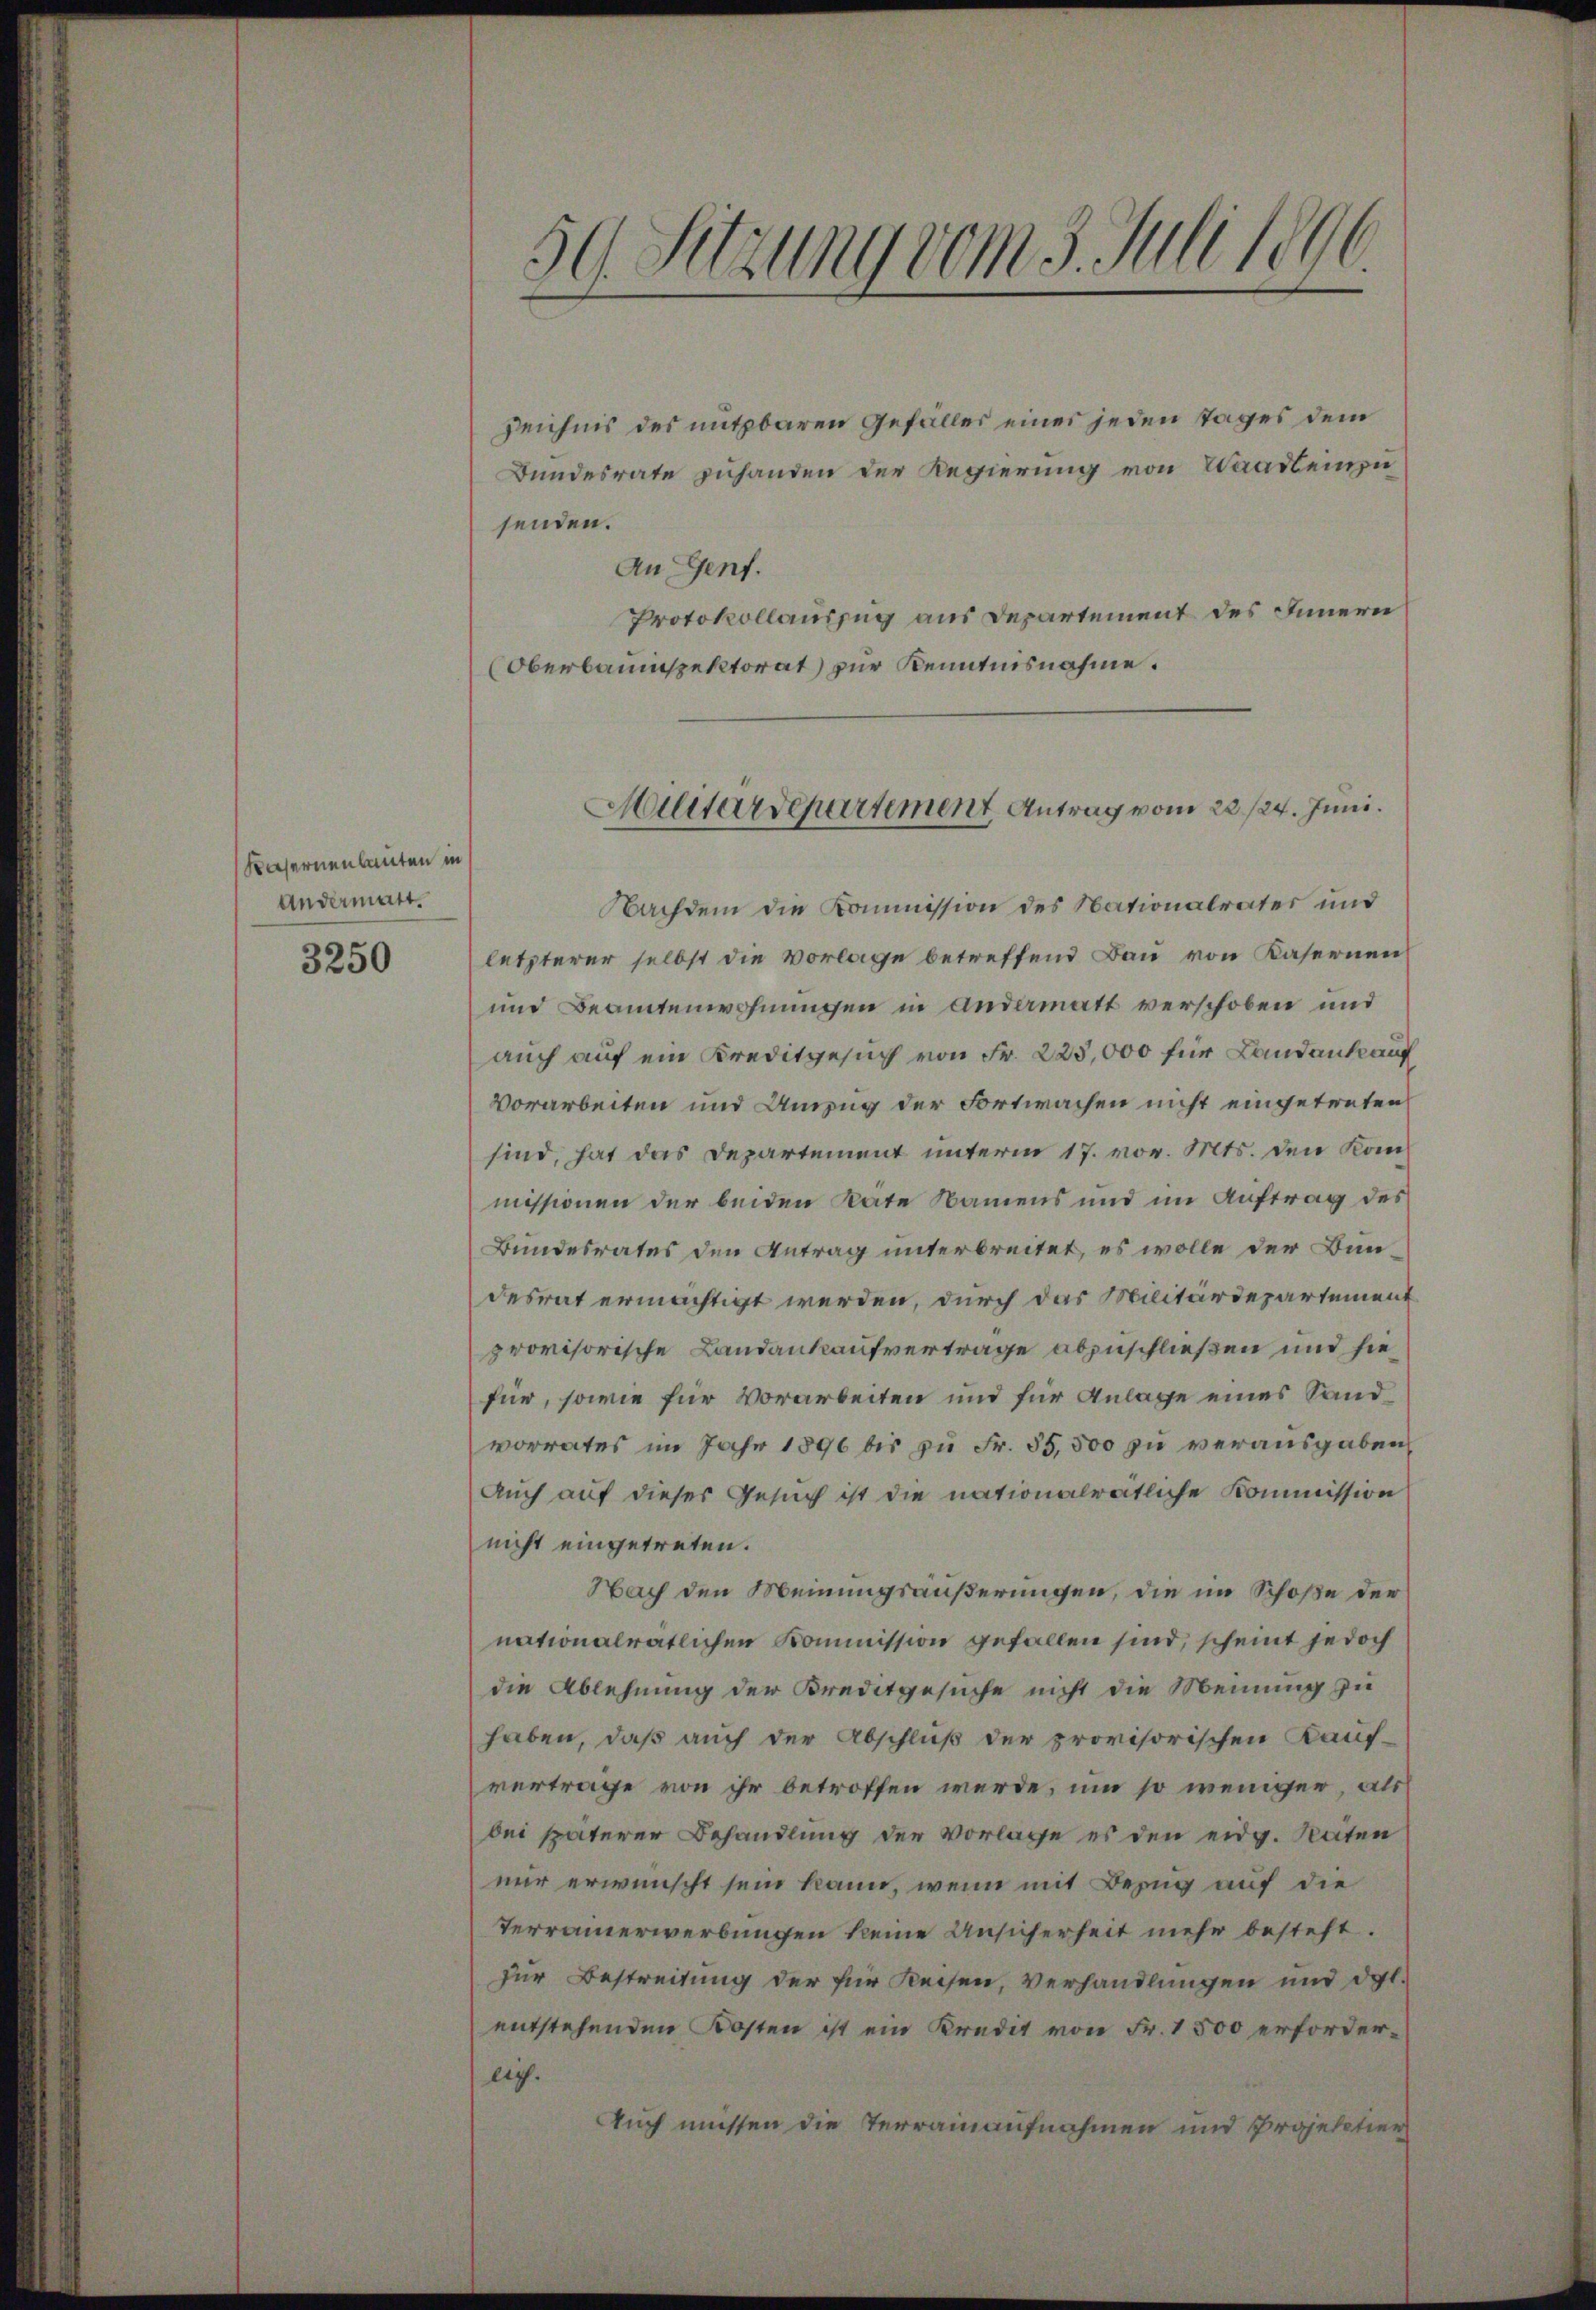
Kasernenbauten in
Andermatt.

3250

59. Sitzung vom 3. Juli 1896.

Zeichnis des nutzbaren Gefälles eines jeden Tages dem
Bundesrate zuhanden der Regierung von Waadt einzusenden.
An Genf.
Protokollauszug aus Departement des Innern
Oberbauinspektorat zur Kenntnisnahme.
Nachdem die Kommission des Nationalrates und
letzterer selbst die Vorlage betreffend Bau von Kasernen
und Beamtenwohnungen in Andermatt verschoben und
auch auf ein Kreditgesuch von Fr. 223,000 für Landankauf
vorarbeiten und Annug der Fortwachen nicht eingetreten
sind, hat das Departement unterm 17. vor. Mts. den Kommissionen der beiden Räte Namens und im Auftrag des
Bundesrates den Antrag unterbreitet, es wolle der Bun-
desrat ermächtigt werden, durch das Militärdepartement
provisorische Landankaufvertrage abzuschließen und hiefür, sowie für Vorarbeiten und für Anlage eines Sand
vorrates im Jahr 1896 bis zu Fr. 35,500 zu verausgaben,
Auch auf dieser Gesuch ist die nationalrätliche Kommission
nicht eingetreten.
Nach den Meinungsäußerungen, die im Schoße der
nationalrätlichen Kommission gefallen sind, scheint jedoch
die Ablehnung der Kreditgesuche nicht die Meinung zu
haben, daß auch der Abschluß der provisorischen Kauf-
vertrage von ihr betroffen werde, um so weniger, als
bei späterer Behandlung der Vorlage es den eidg. Raten
nur erwünscht sein kann, wenn mit Bezug auf die
Terrainerwerbungen keine Ansicherheit mehr besteht.
zur Bestreitung der für Reisen, verhandlungen und dgl.
entstehenden Kosten ist ein Kredit von Fr. 1500 erfordereg.
Auch müssen die Terrainaufnahmen und Projektier

Militärdepartement Antrag vom 28./24. Juni.